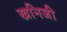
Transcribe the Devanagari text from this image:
खनिजी